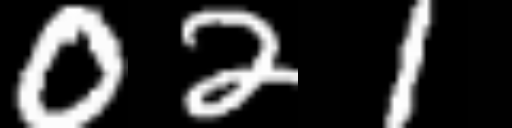
Text: 021